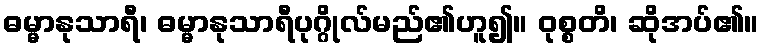
ဓမ္မာနုသာရီ၊ ဓမ္မာနုသာရီပုဂ္ဂိုလ်မည်၏ဟူ၍။ ဝုစ္စတိ၊ ဆိုအပ်၏။